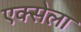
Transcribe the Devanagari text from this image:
एक्सेला